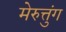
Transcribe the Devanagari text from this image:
मेरुत्तुंग